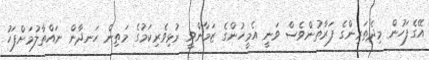
އޭގެފަހުން މިދެތަރިންގެ ފަރާތުންވެސް ވަނީ އެމީހުންގެ ޒަމާންވީ ރުޅިވެރިކަމުގެ މަތިން ހަނދާން ނައްތާލުމަށްފަހު